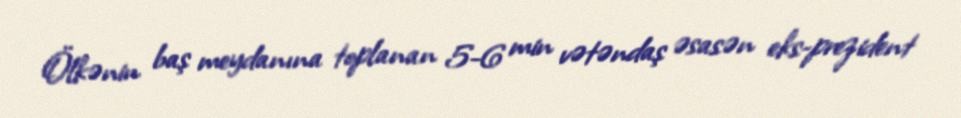
Ölkənin baş meydanına toplanan 5-6 min vətəndaş əsasən eks-prezident